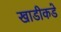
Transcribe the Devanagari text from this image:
खाडीकडे